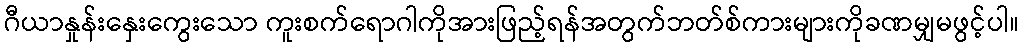
ဂီယာနှုန်းနှေးကွေးသော ကူးစက်ရောဂါကိုအားဖြည့်ရန်အတွက်ဘတ်စ်ကားများကိုခဏမျှမဖွင့်ပါ။